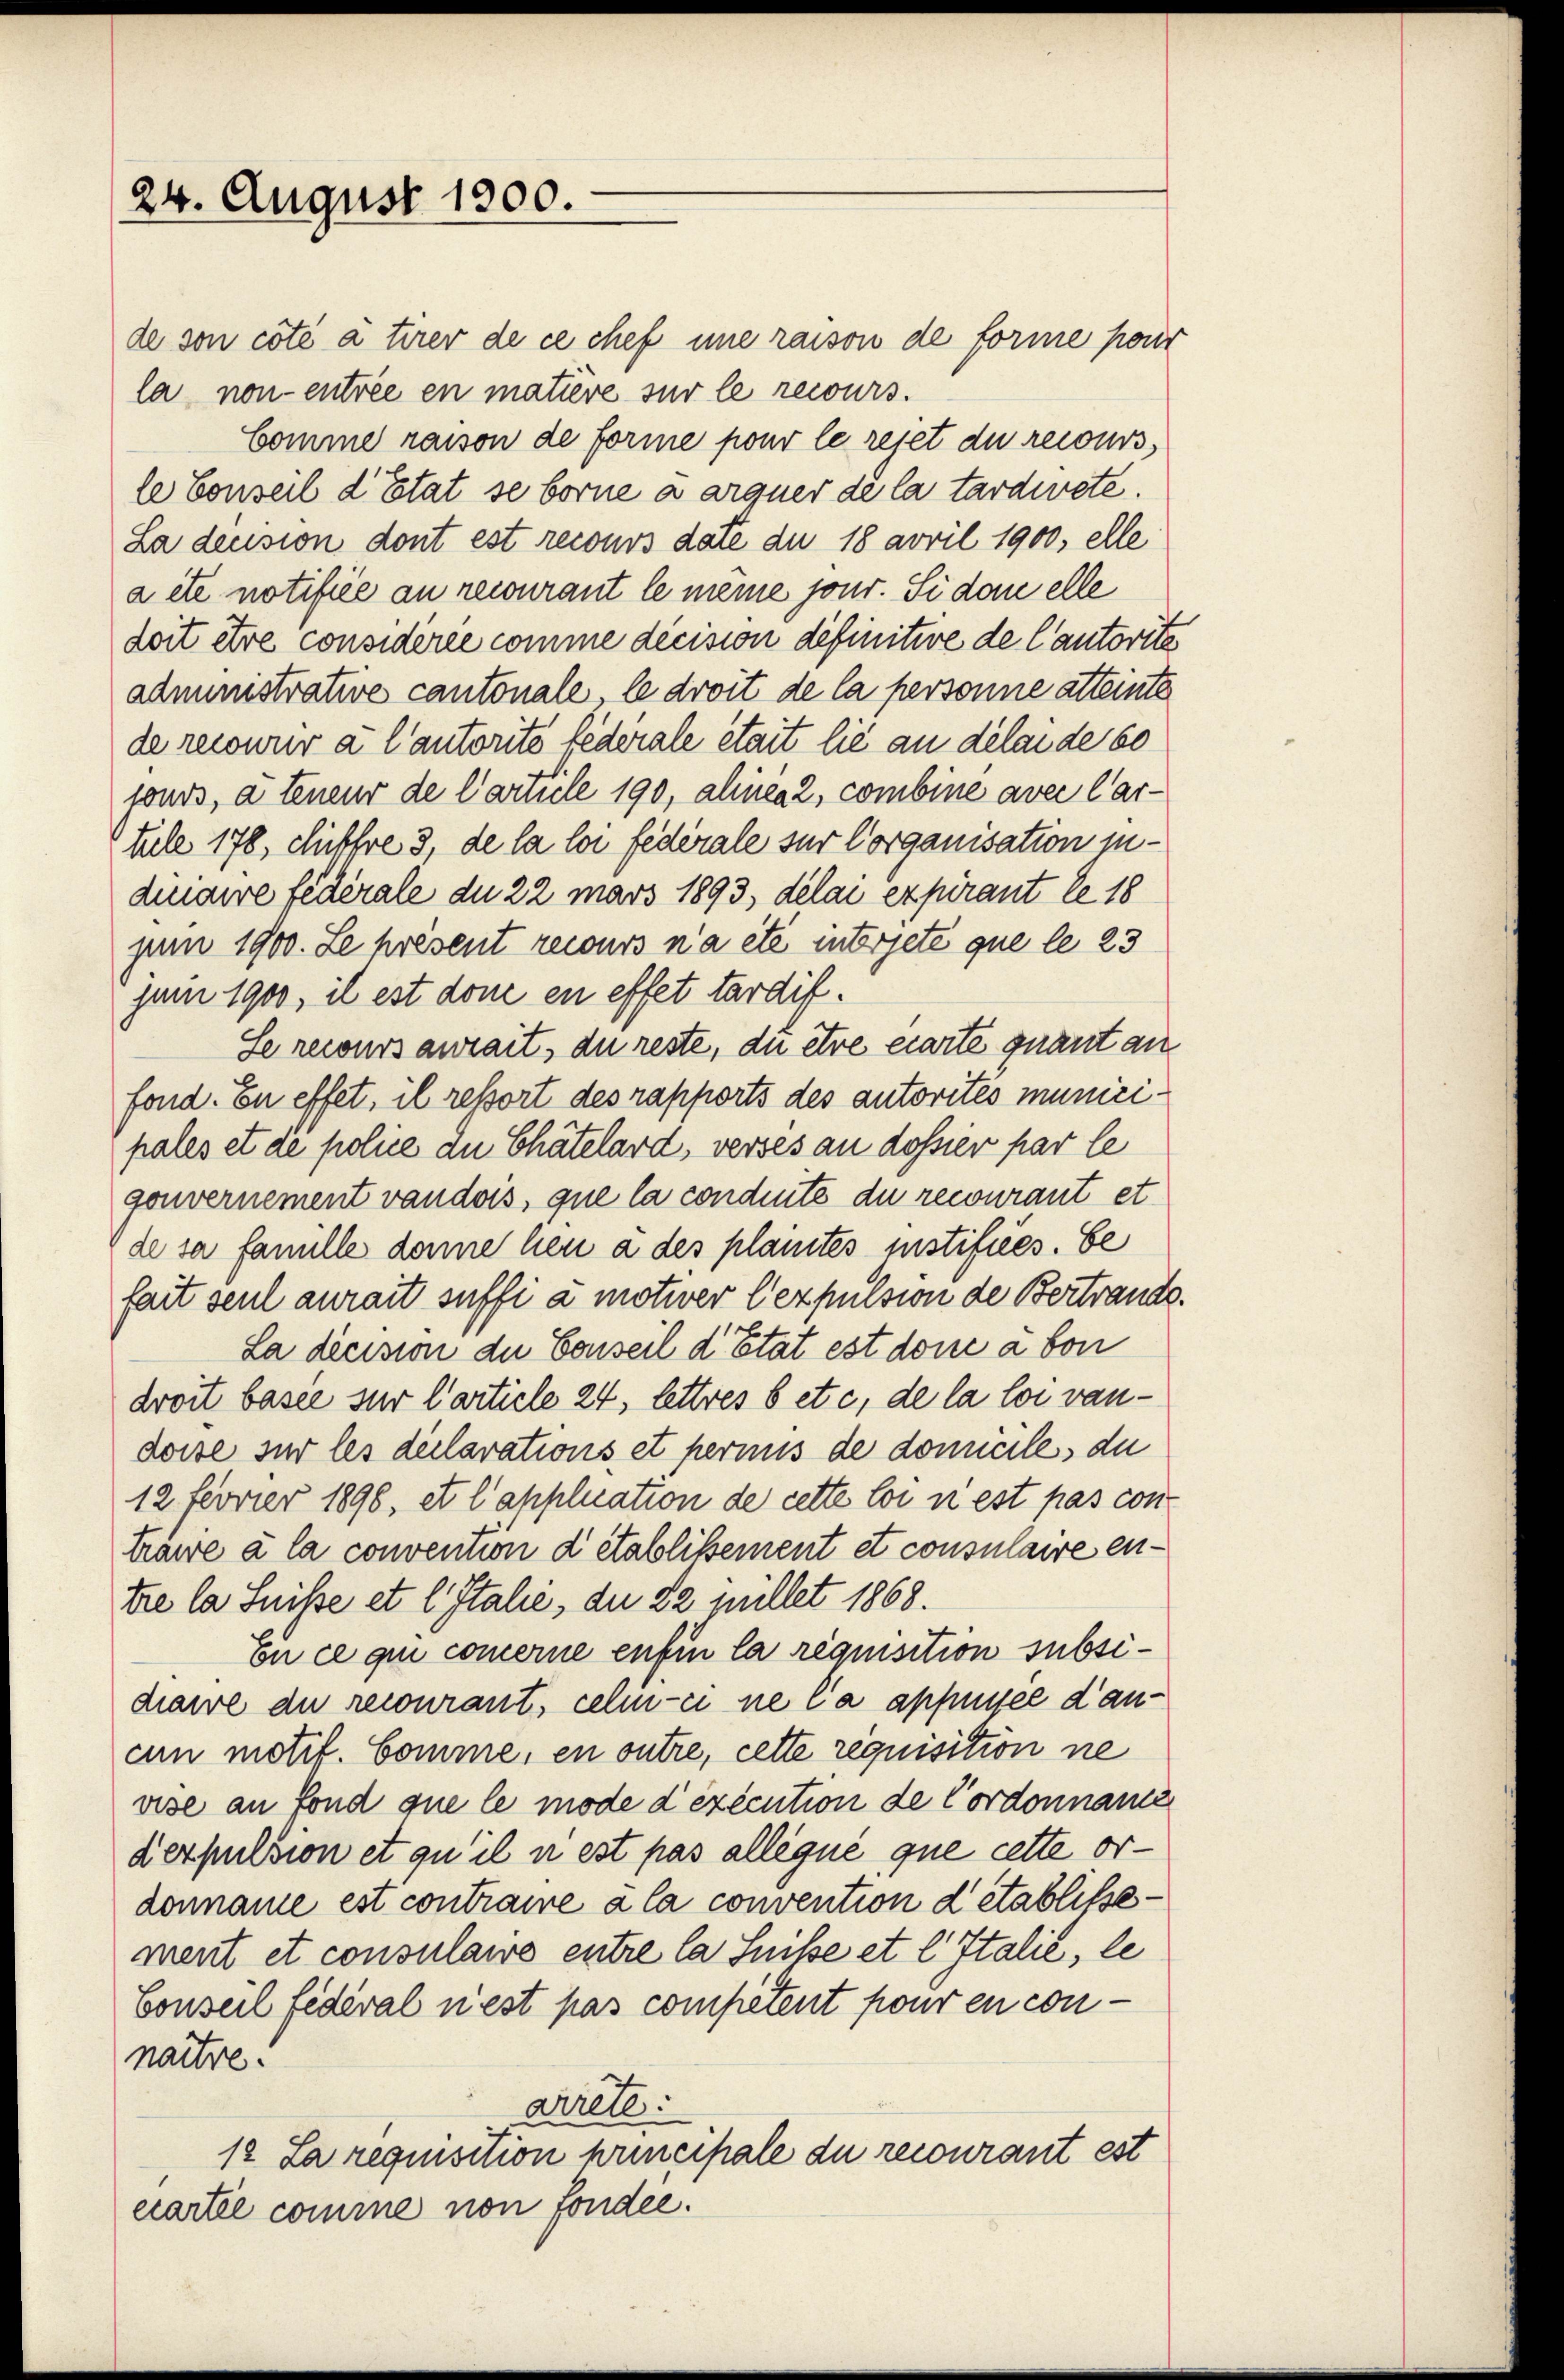
24. August 1800.

de son côté à tirer de ce chef une raison de forme pour
la non entrée en mative sur le recours.
Comme raison de forme pour le rejet du recours,
le Conseil d’Etat se borne a arquer de la tardirete.
La dension dont est reconos date du 18 avril 1900, elle
a été notifiée an recourant le meine jour. Si dan elle
doit être considérée comme décision definitive de Cautorite
administrative cantonale, le droit de la personne atteinte
de recourir à l’autorite lederale était lie an delende so
fonds, à teneur de Carticle 190, alinea 2, combine avec l’ar-
tule 178, chiffre 3, de la loi fédérale zur Corganisation zudinaire fédérale du 22 mars 1893, délai expirant le 18
juni 1900. Le présent recours n’a été intrete que le 23
juni 1900, il est done en effet tardit.
Se recours aurait, du reste, du etwa eiarte quant an
fond. En effet, il ressort des rapports des autorités municipales et de police du Chätelard, verses an dossier par le
gouvernement vaudois, que la condite du recourant et
de sa famille donne heu à des plantes instifiés. be
fait seul aurait suffi à motiver lexpulsion de Bertrande.
La dicision die Conseil d’Etat est done à bon
droit basee zur Carticle 24, lettres b etc. de la loi vandoise sur les declarations et permus de domiciles du
12 fevvier 1890, et l’application de cette loi ni est pas contraire à la convention d’établissement et consulaire entie la Suisse et l. Italie, die 22 pillet 1868.
on ce qui commerne enfin la réquisition subsidiarve du recourant, celi-ci ne l’a appeisee dancin motif. Comme, en outre, cette requisition ne
vise an fond que le mode d’exécution de Cordonnanz
derpulsion et qu’il n est pas allégué que cette ordonname est contraire a la convention detablissement et consulaire entre la Suisse et l. Italie, le
Conseil fédéral nest pas competent pour en connaitre.
arrete:
12 La requisition principale du recourant est
ccartel comme non fonder.